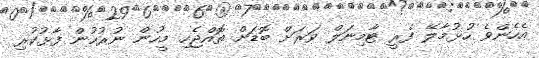
އެހެންވެ ހުޅުމާލޭ ފެރީ ޓާމިނަލް ވަރަށް ބޮޑަށް ތޮއްޖެހި މީހުން ނުރުހުން ފާޅުކުރި